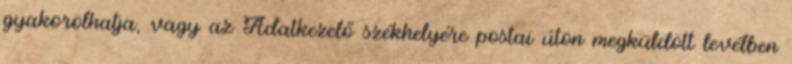
gyakorolhatja, vagy az Adatkezelő székhelyére postai úton megküldött levélben